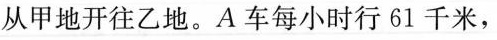
从甲地开往乙地。A车每小时行61千米，